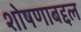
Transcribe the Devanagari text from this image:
शोषणाबद्दल